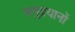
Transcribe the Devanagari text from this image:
समुद्रयानों